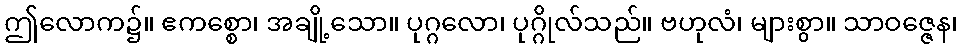
ဤလောက၌။ ဧကစ္စော၊ အချို့သော။ ပုဂ္ဂလော၊ ပုဂ္ဂိုလ်သည်။ ဗဟုလံ၊ များစွာ။ သာဝဇ္ဇေန၊